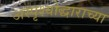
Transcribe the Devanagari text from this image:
अस्पृश्योद्धाराच्या